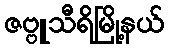
ဇဗ္ဗူသီရိမြို့နယ်